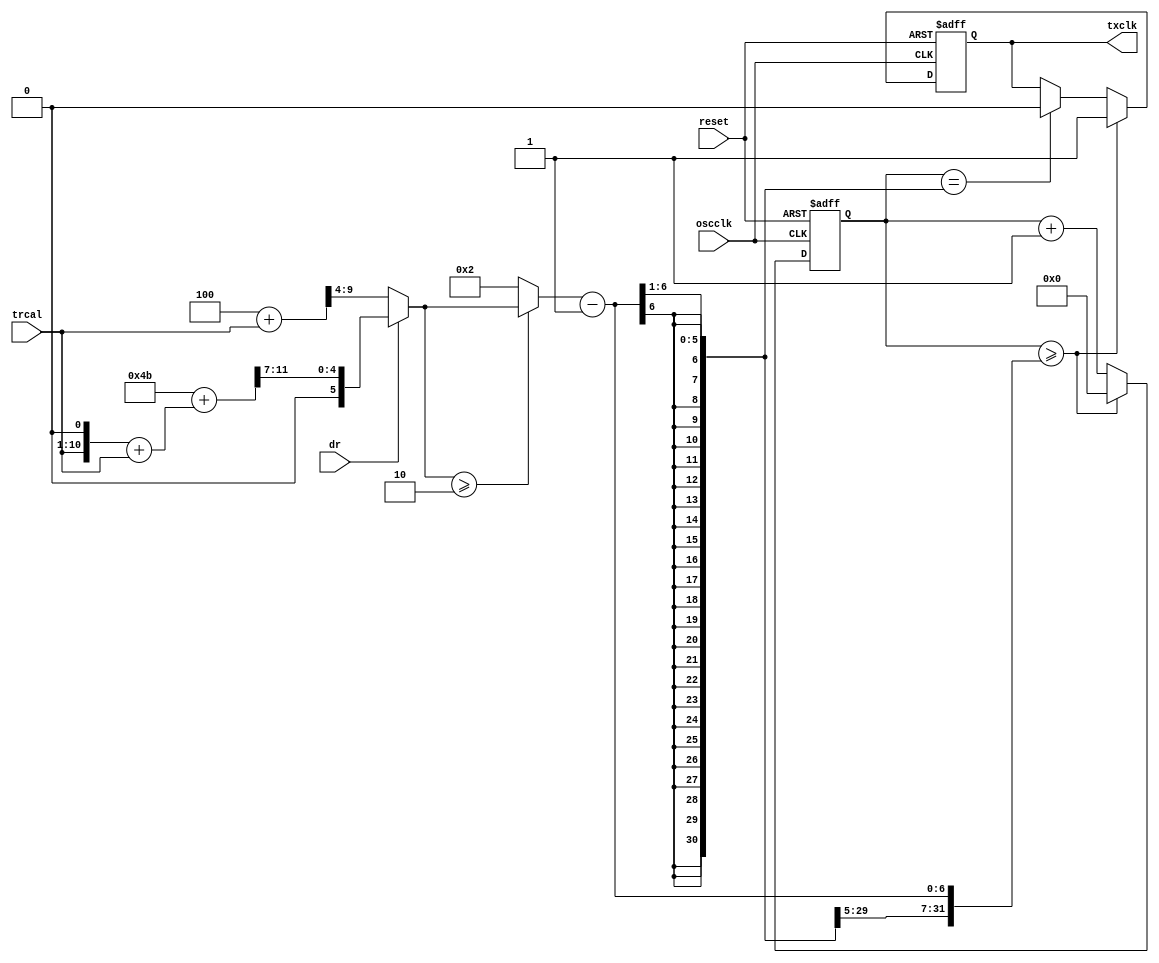
`timescale 1ns/1ns

// Tx Clock Divide
// Copyright 2010 University of Washington
// License: http://creativecommons.org/licenses/by/3.0/
// 2008 Dan Yeager

// dr == 0 => 8
// dr == 1 => 64/3

// txclk = oscclk / ((dr) ? ((13+trcal+trcal+trcal)>>7) : (4+trcal)>>4))

// static offsets of 13 and 4 center the rounding error on 0%

// tx only uses positive edges, so we don't need to be symmetric
// this allows arbitrary divide ratios.

module txclkdivide(reset, oscclk, trcal, dr, txclk);
input reset, oscclk, dr;
input [9:0] trcal; // max: 1023
output txclk;
reg    txclk;
reg  [6:0]  counter;

// trcal3 = 3 * trcal
wire [10:0] trcal2;
assign trcal2[10:1] = trcal;
assign trcal2[0] = 1'b0;
wire [11:0] trcal3;
assign trcal3 = trcal2 + trcal;

wire [11:0] dr1numerator;
assign      dr1numerator = (11'd75+trcal3); // max: 12 bits
wire [11:0] dr0numerator;
assign      dr0numerator = (11'd4+trcal); // max: 11 bits

wire [6:0]  tempdivider;
assign      tempdivider = dr ? ({1'b0, dr1numerator[11:7]}) : (dr0numerator[9:4]); // max dr0 = 64, dr1 = 24 -> 7 bits.
wire [6:0]  divider;
assign      divider = (tempdivider >= 7'd2) ? tempdivider : 7'd2;

always @ (posedge oscclk or posedge reset) begin
  if (reset) begin
    txclk   = 0;
    counter = 0;
  end else if (counter >= (divider-1)) begin
    txclk   = 1;
    counter = 0;
  end else if (counter == ((divider-1) >> 1)) begin
    counter = counter + 7'd1;
    txclk   = 0;
  end else begin
    counter = counter + 7'd1;
  end // ~reset
end // always

endmodule